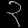
Digit: ၃